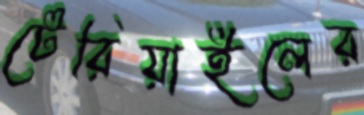
টেরিয়াইলের